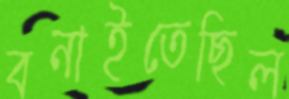
বনাইতেছিল